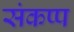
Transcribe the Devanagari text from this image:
संकप्प